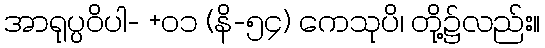
အာရုပ္ပဝိပါ- +၀၁ (နိ-၅၄) ကေသုပိ၊ တို့၌လည်း။